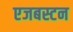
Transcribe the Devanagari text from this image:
एजबस्टन